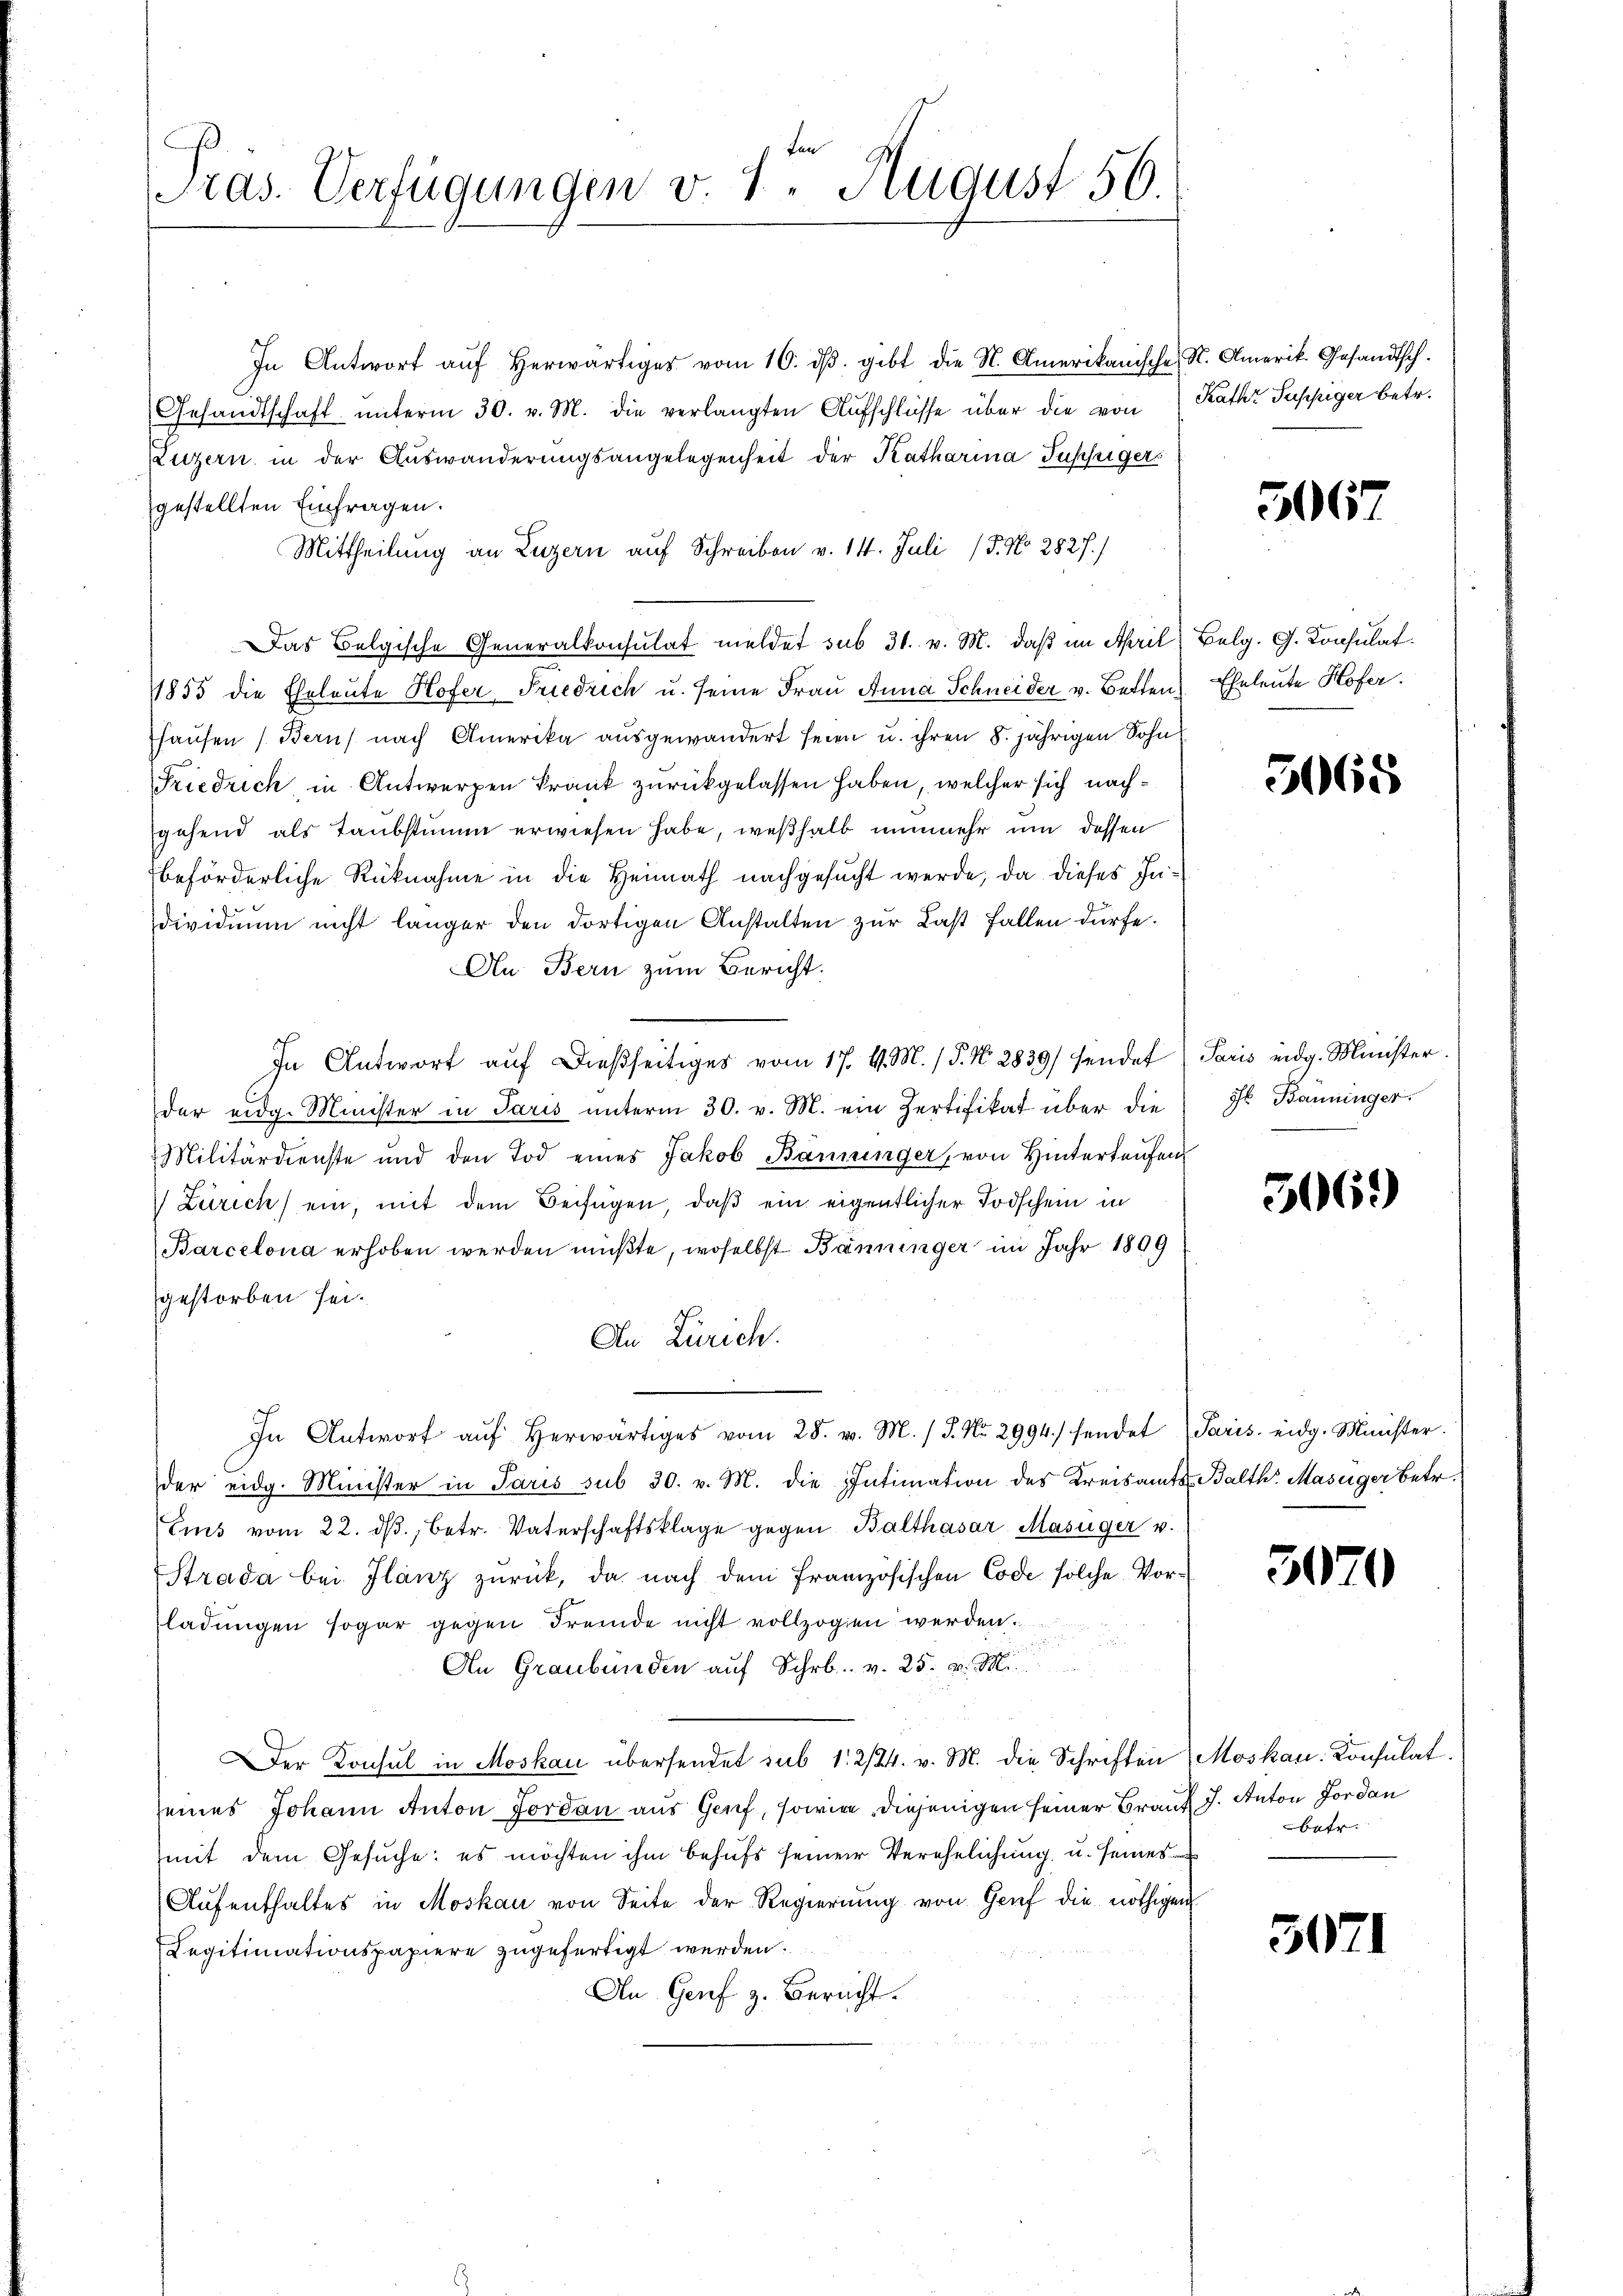
J
Pras. Verfügungen v. 1. August 56.

In Antwort aŭf herwärtiges vom 16. dβ. gibt die N. Amerikanische St. Amerik. Gesandtsch.
Gesandtschaft ŭnterm 30. v. M. die verlangten Aŭfschlüsse über die von Kathr Suppiger betr.
Luzern in der Auswanderungsangelegenheit der Katharina Tupfigers
gestellten Einfragen.
Mittheilung an Luzern auf Schreiben v. 14. Juli 15. No 2827.
Das Belgische Generalkonsulat meldet sub 31. v. M. daβ im April) Belg. G. Konsulat
1855 die Eheleute Hofer Friedrich u. seine Frau Anna Schneider v. Betten Eheleute Hofer
hausen (Bern nach Amerika ausgewandert seien u. ihren 8. jährigen Sohn
Friedrich in Antwerpen krank zurückgelassen haben, welcher sich nachsgehend als Taubstimm erwiesen habe, weßhalb nunmehr um dessen
beförderliche Rücknahme in die Heimath nachgesucht werde, da dieses Individuum nicht länger den dortigen Anstalten zur Last fallen dürfe.
An Bern zum Bericht.
In Antwort aŭf dießseitiges vom 17. v. M. / P. Nr. 2839/ sendet Paris eidg. Minister.
der eidg. Minister in Paris unterm 30. v. M. ein Zertifikat über die
Militärdienste und den Tod eines Jakob Banninger, von Hintertaufen
Zürich) ein, mit dem Beifügen, daß ein eigentlicher Todschein in
Barcelona erhoben werden müßte, woselbst Bänninger im Jahr 1809
gestorben sei.
An Zürich.
In Antwort aŭf herwärtiges vom 28. v. M. / 5. No. 2994./ sendet Paris eidg. Minister.
der eidg. Minister in Paris sub 30. v. M. die Intimation des Kreisamts Balth. Masüger Betr.
Eis vom 22. dβ, betr. Vaterschaftsklage gegen Balthasar Masüger v.
Strada bei Ilanz zurück, da nach dem französischen Code solche Vorladungen sogar gegen Fremde nicht vollzogen werden.

An Graubünden auf Schr. v. 25. v. M.
Der Konsul in Moskau übersendet sub 12/24. v. M. die Schriften Moskau Konsulat.
seines Johann Anton Jordan aus Genf, sowie diejenigen seiner Braut J. Anton Jordan
mit dem Gesuche: es möchten ihm behufs seiner Verehelichung u. seines
Aufenthaltes in Moskau von Seite der Regierung von Genf die nöthigen
Legitimationspapiere zugefertigt werden.
An Genf z. Bericht.

506

5665

it. Banninger.

506.)

5070

betr.

307